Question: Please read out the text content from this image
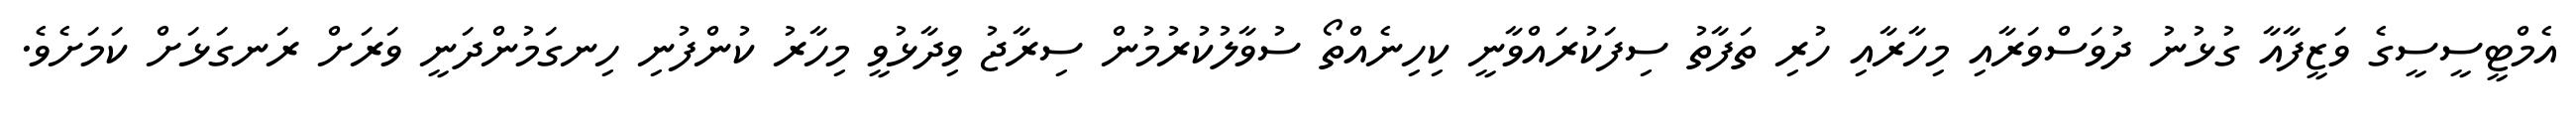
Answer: އެމްޓީސީސީގެ ވަޒީފާއާ ގުޅުނު ދުވަސްވަރާއި މިހާރާއި ހުރި ތަފާތު ސިފަކުރައްވާނީ ކިހިނެއްތޯ ސުވާލުކުރުމުން ސިރާޖު ވިދާޅުވީ މިހާރު ކުންފުނި ހިނގަމުންދަނީ ވަރަށް ރަނގަޅަށް ކަމަށެވެ.